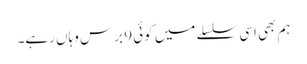
ہم بھی اسی سلسلے میں کوئی 9 برس وہاں رہے۔